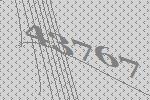
43767